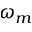
\omega _ { m }